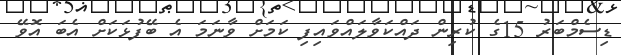
ޑިސެމްބަރު 15ގެ ކުރިން ދައްކަވާލައްވައިފި ކަމަށް ވާނަމަ އެ ބޭފުޅަކަށް އެބަ އޮވޭ